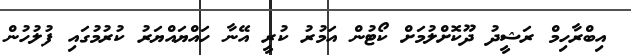
އިބްރާހިމް ރަޝީދު ދޫކޮށްލުމަށް ކޯޓުން އަމުރު ކުރީ އޭނާ ހައްޔައްޔަރު ކުރުމުގައި ފުލުހުން